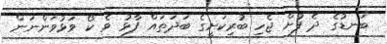
ބަނޑުގެ ދެ ފުށް ޖެހި ބުރިކަށީގެ ބަދަތައް ފާޅު ވެ ކޯ ވަޅުވަންނަން